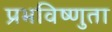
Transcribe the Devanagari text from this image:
प्रभविष्णुता